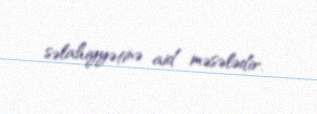
səlahiyyətinə aid məsələdir.